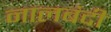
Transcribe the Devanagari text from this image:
नालबंदी